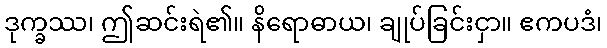
ဒုက္ခဿ၊ ဤဆင်းရဲ၏။ နိရောဓာယ၊ ချုပ်ခြင်းငှာ။ ဧကပဒံ၊